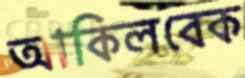
আকিলবেক